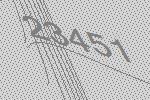
23451